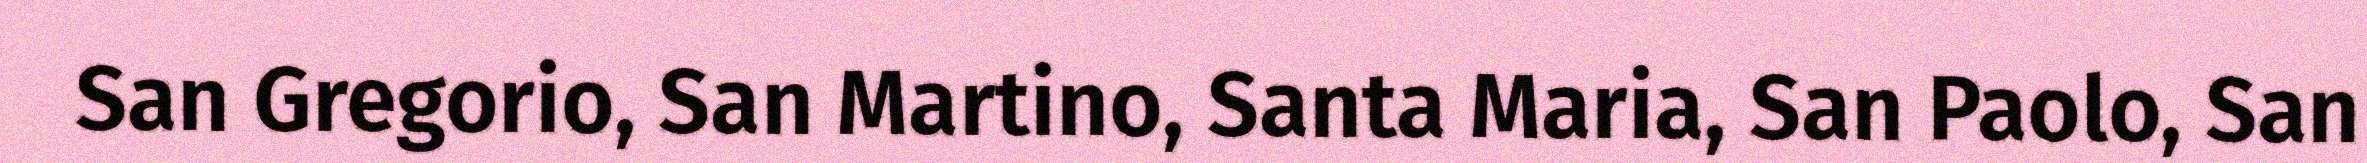
San Gregorio, San Martino, Santa Maria, San Paolo, San